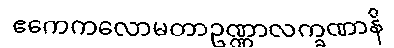
ဧကေကလောမတာဥဏ္ဏာလက္ခဏာနိ